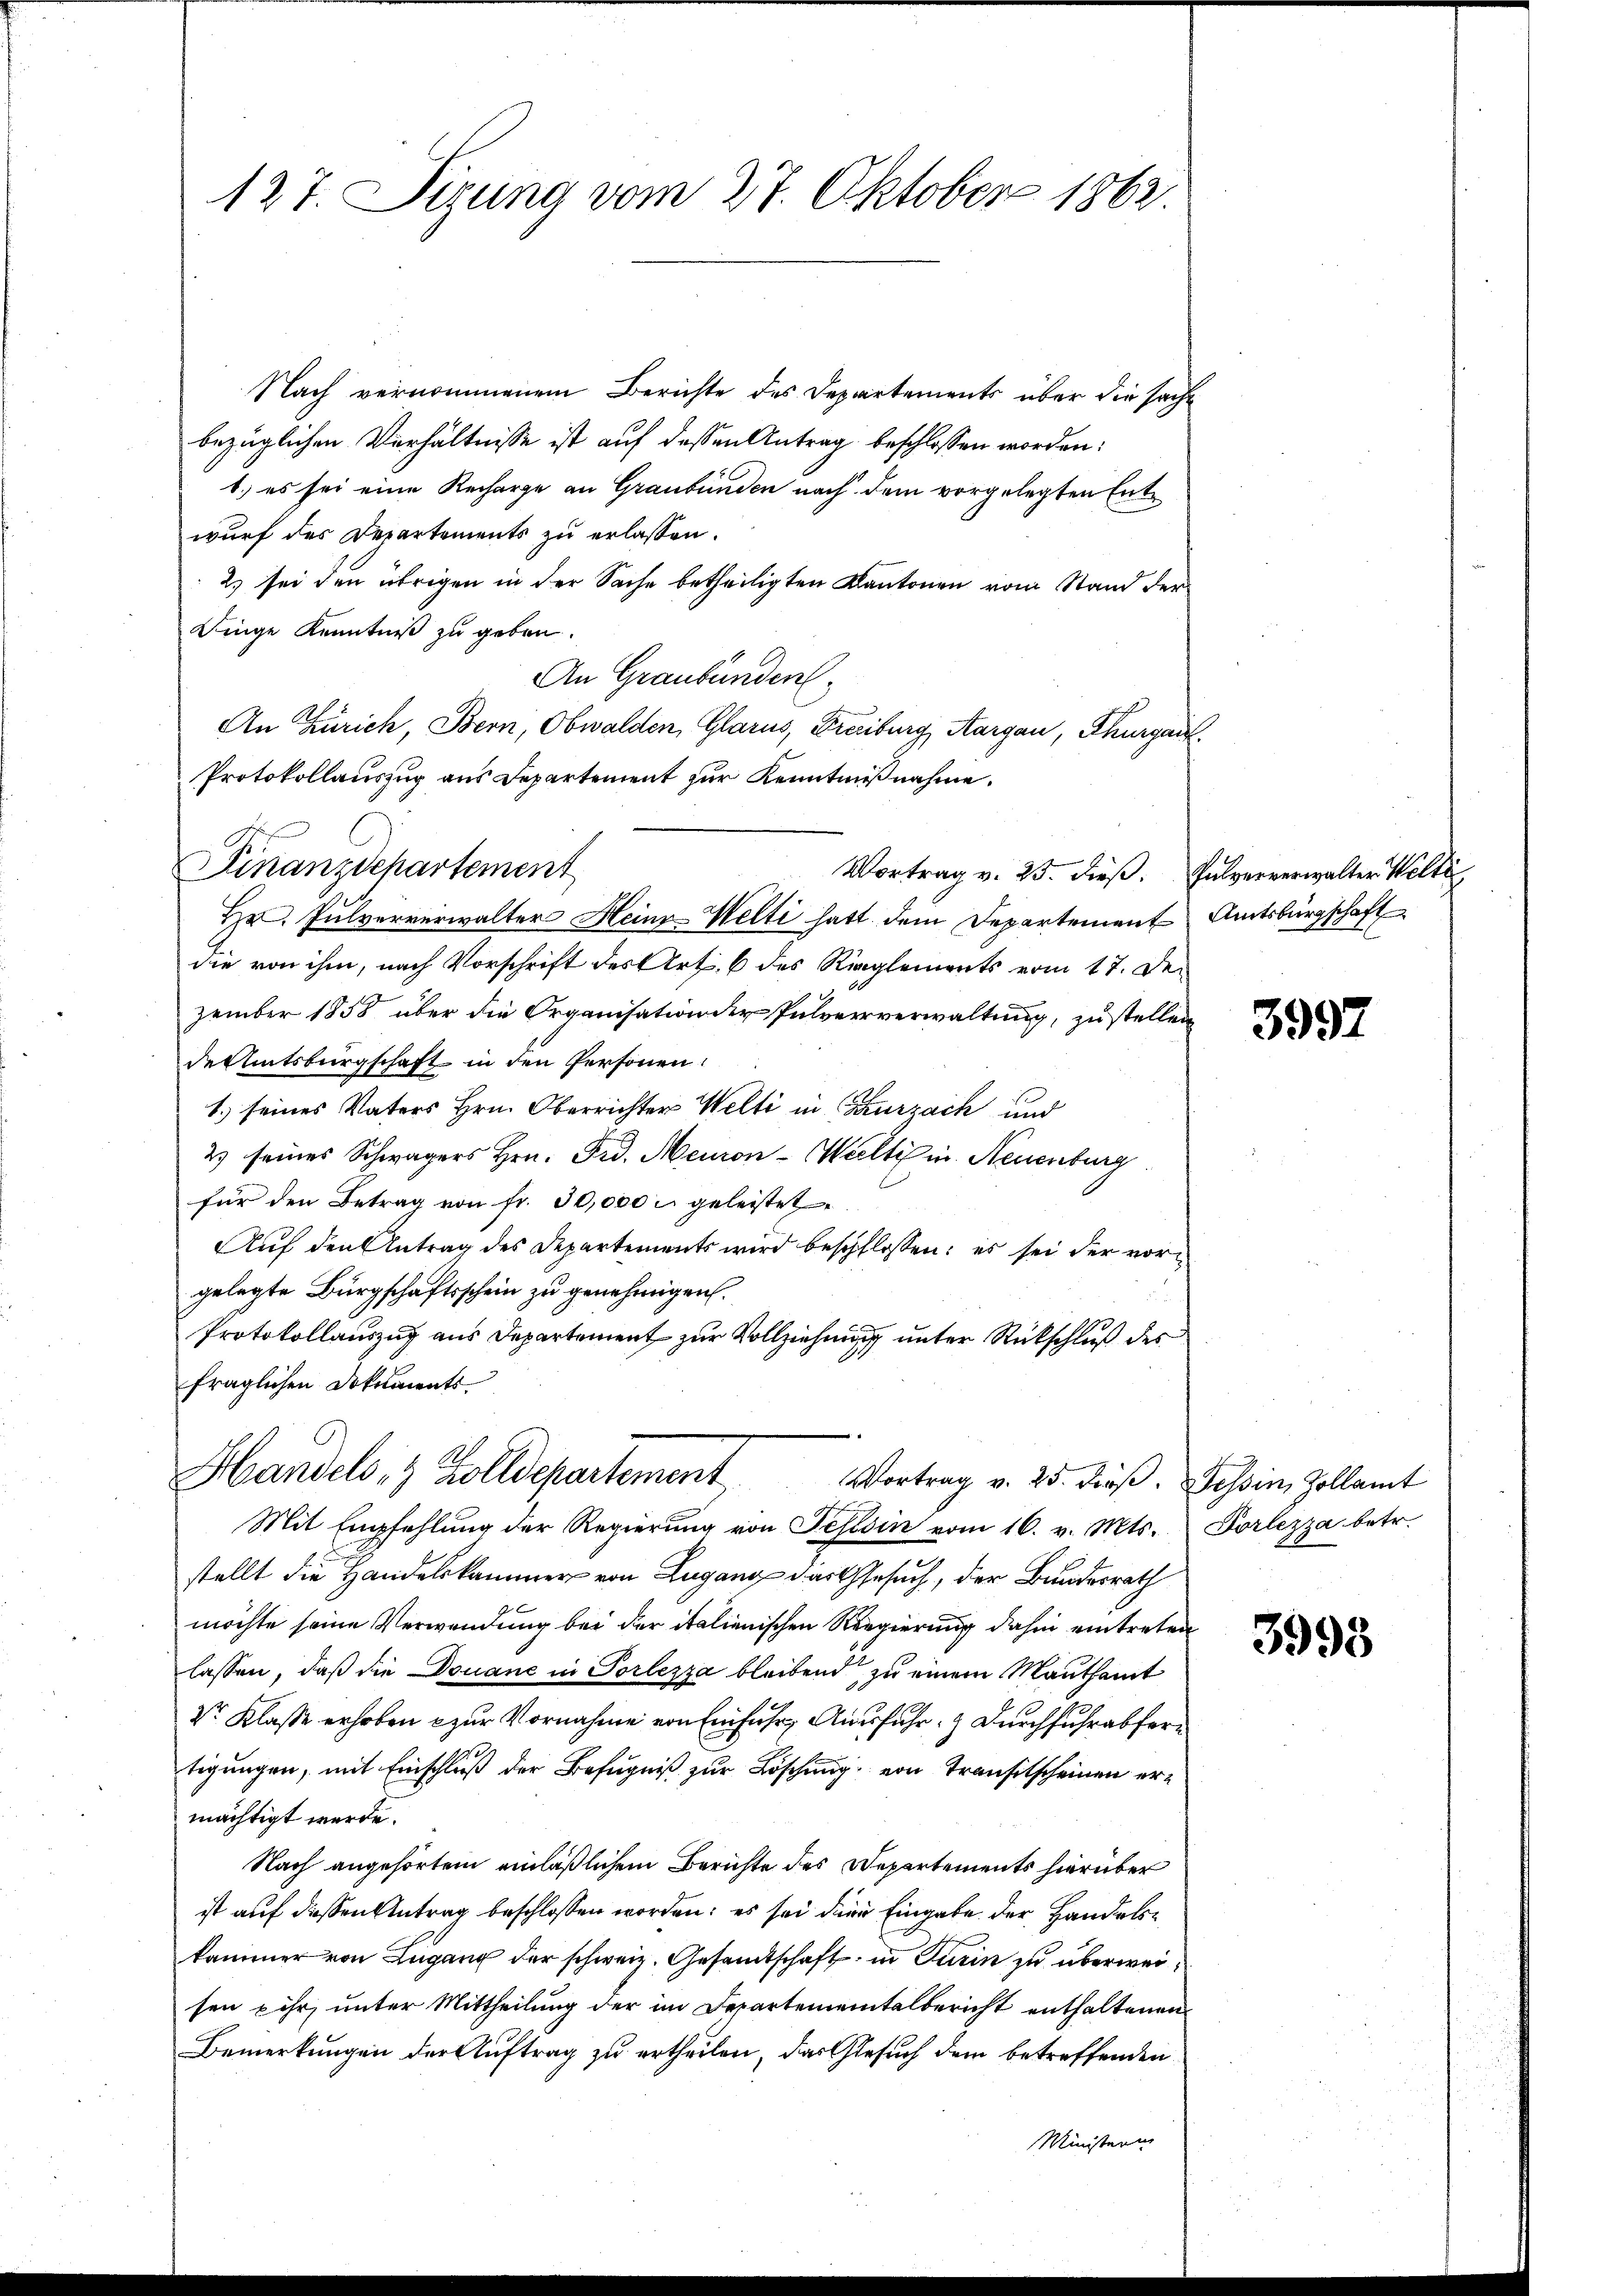
127. Sizung vom 27. Oktober 1862.

Nach vernommenem Berichte des Departements über die sacht
bezüglichen Verhältnisse ist auf dessen Antrag beschlossen worden:
1.) es sei eine Recharge an Graubünden nach dem vorgelegten Entwurf des Departements zu erlassen.
2.) sei den übrigen in der Sache betheiligten Kantonen vom Stand der
Dinge Kenntniß zu geben.
An Graubünden.
An Zürich, Bern, Obwalden, Glarus, Freiburg, Aargau, Thurgau
Protokollauszug aus Departement zur Kenntnißnahme.
Hr. Pulververwalter Heinz-Welti hatt dem Departement Amtsbürgschaft
die von ihm, nach Vorschrift des Art. 6 des Rieglements vom 17. Dezember 1858 über die Organisation der Pulververwaltung, zu stellen
des Amtsburgschaft in den Personen:
1. seines Vaters Hrn. Oberrichter Welti in Curzach und
2) seines Schwagers Hrn. Frd. Meuron-Welti in Neuenburg
für den Betrag von fr. 30,000 geleistet
Auf den Antrag des Departements wird beschlossen: es sei der vorgelegte Bürgschaftsschein zu genehmigen.
Protokollauszug aus Departement zur Vollziehung unter Rückschluß des
fraglichen Dokuments
Handels- & Zolldepartement
Vortrag v. 25. dieß. Tessin, Zollamt
Mit Empfehlung der Regierŭng von Tessin vom 16. v. Mts. Vorlezza betr.
stellt die Handelskammer von Lugang das Gesuch, der Bundesrath
möchte seine Verwendung bei der italienischen Regierung dahin eintreten
lassen, daß die Douane in Vorlezza bleibend, zu einem Mauthamt
Dr. Klasse erhoben u zŭr Vornahme von Einfuhr Ausfuhr. Durchfuhr abfertigungen, mit Einschluß der Befugniß zur Löschung von Transitscheinen ermächtigt werde.
Nach angehörtem einläßlichem Berichte des Departements hierüber
ist auf diesen Antrag beschlossen worden; es sei die Eingabe der Handelskammer von Lugang der schweiz. Gesandtschaft in Turin zu überweisen ihr, unter Mittheilung der im Departementalbericht enthaltenen
Bemerkungen der Auftrag zu ertheilen, das Gesuch dem betreffenden
Ministern

Finanzdepartement

Vortrag v. 25. dieβ. Pulververwalter Welti

3997

3995